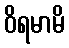
ဝိရမာမိ